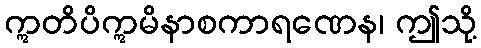
ဣတိပိဣမိနာစကာရဏေန၊ ဤသို့